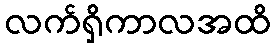
လက်ရှိကာလအထိ